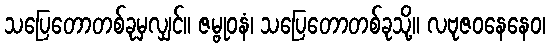
သပြေတောတစ်ခုမှလျှင်။ ဇမ္ဗုဝနံ၊ သပြေတောတစ်ခုသို့။ လဗုဇဝနေနေဝ၊